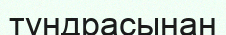
тундрасынан